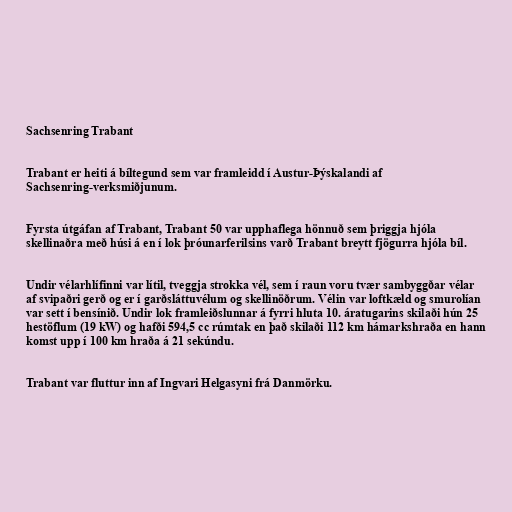
Sachsenring Trabant

Trabant er heiti á bíltegund sem var framleidd í Austur-Þýskalandi af
Sachsenring-verksmiðjunum.

Fyrsta útgáfan af Trabant, Trabant 50 var upphaflega hönnuð sem þriggja hjóla
skellinaðra með húsi á en í lok þróunarferilsins varð Trabant breytt fjögurra hjóla bíl.

Undir vélarhlífinni var lítil, tveggja strokka vél, sem í raun voru tvær sambyggðar vélar
af svipaðri gerð og er í garðsláttuvélum og skellinöðrum. Vélin var loftkæld og smurolían
var sett í bensínið. Undir lok framleiðslunnar á fyrri hluta 10. áratugarins skilaði hún 25
hestöflum (19 kW) og hafði 594,5 cc rúmtak en það skilaði 112 km hámarkshraða en hann
komst upp í 100 km hraða á 21 sekúndu.

Trabant var fluttur inn af Ingvari Helgasyni frá Danmörku.